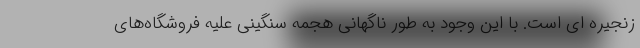
زنجیره ای است. با این وجود به طور ناگهانی هجمه سنگینی علیه فروشگاه‌های